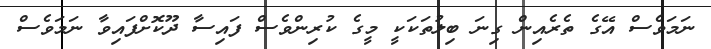
ނަމަވެސް އޭގެ ތެރެއިން ގިނަ ބިލުތަކަކީ މީގެ ކުރިންވެސް ފައިސާ ދޫކޮށްފައިވާ ނަމަވެސް